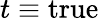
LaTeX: t\equiv\mathrm{true}